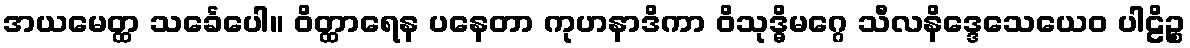
အယမေတ္ထ သင်္ခေပေါ။ ဝိတ္ထာရေန ပနေတာ ကုဟနာဒိကာ ဝိသုဒ္ဓိမဂ္ဂေ သီလနိဒ္ဒေသေယေဝ ပါဠိဉ္စ